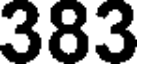
383